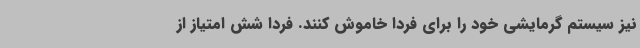
نیز سیستم گرمایشی خود را برای فردا خاموش کنند. فردا شش امتیاز از